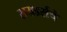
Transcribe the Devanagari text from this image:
रायडर्सचे